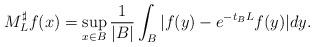
LaTeX: \begin{align*}M_L^{\sharp}f(x)=\sup\limits_{x\in B}\frac{1}{|B|}\int_B|f(y)-e^{-t_BL}f(y)|dy.\end{align*}